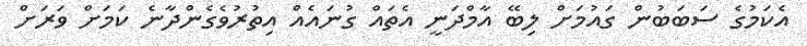
އެކަމުގެ ސަބަބުން ގައުމަށް ލިބޭ އާމްދަނީ އެތައް ގުނައެއް އިތުރުވެގެންދާނެ ކަމަށް ވަރަށް